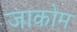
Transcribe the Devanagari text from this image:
जाकोम